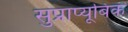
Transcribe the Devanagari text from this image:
सुप्राप्यूबिक